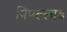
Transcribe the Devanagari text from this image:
पिपल्लाद